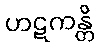
ဟဋကန္တိ